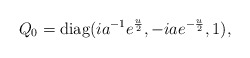
\begin{align*}Q_0=\mathrm{diag}(i a^{-1} e^{\frac{u}{2}}, -i a e^{-\frac{u}{2}},1),\end{align*}